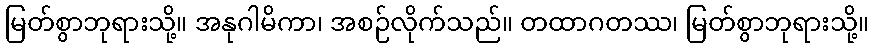
မြတ်စွာဘုရားသို့။ အနုဂါမိကာ၊ အစဉ်လိုက်သည်။ တထာဂတဿ၊ မြတ်စွာဘုရားသို့။